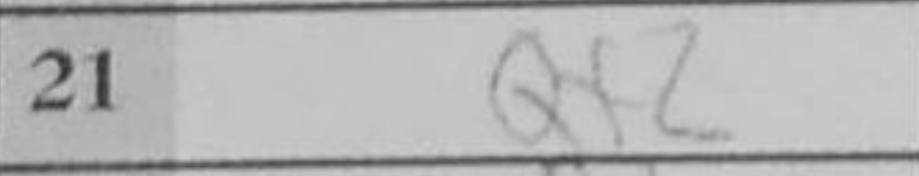
Transcription: Qf2